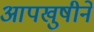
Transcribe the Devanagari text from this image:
आपखुषीने